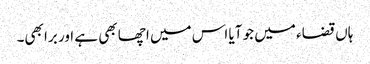
ہاں قضاء میں جو آیا اس میں اچھا بھی ہے اور برا بھی۔